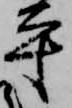
平